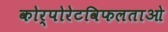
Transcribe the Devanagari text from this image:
कोर्पोरेटविफलताओ